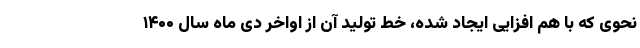
نحوی که با هم افزایی ایجاد شده، خط تولید آن از اواخر دی ماه سال ۱۴۰۰